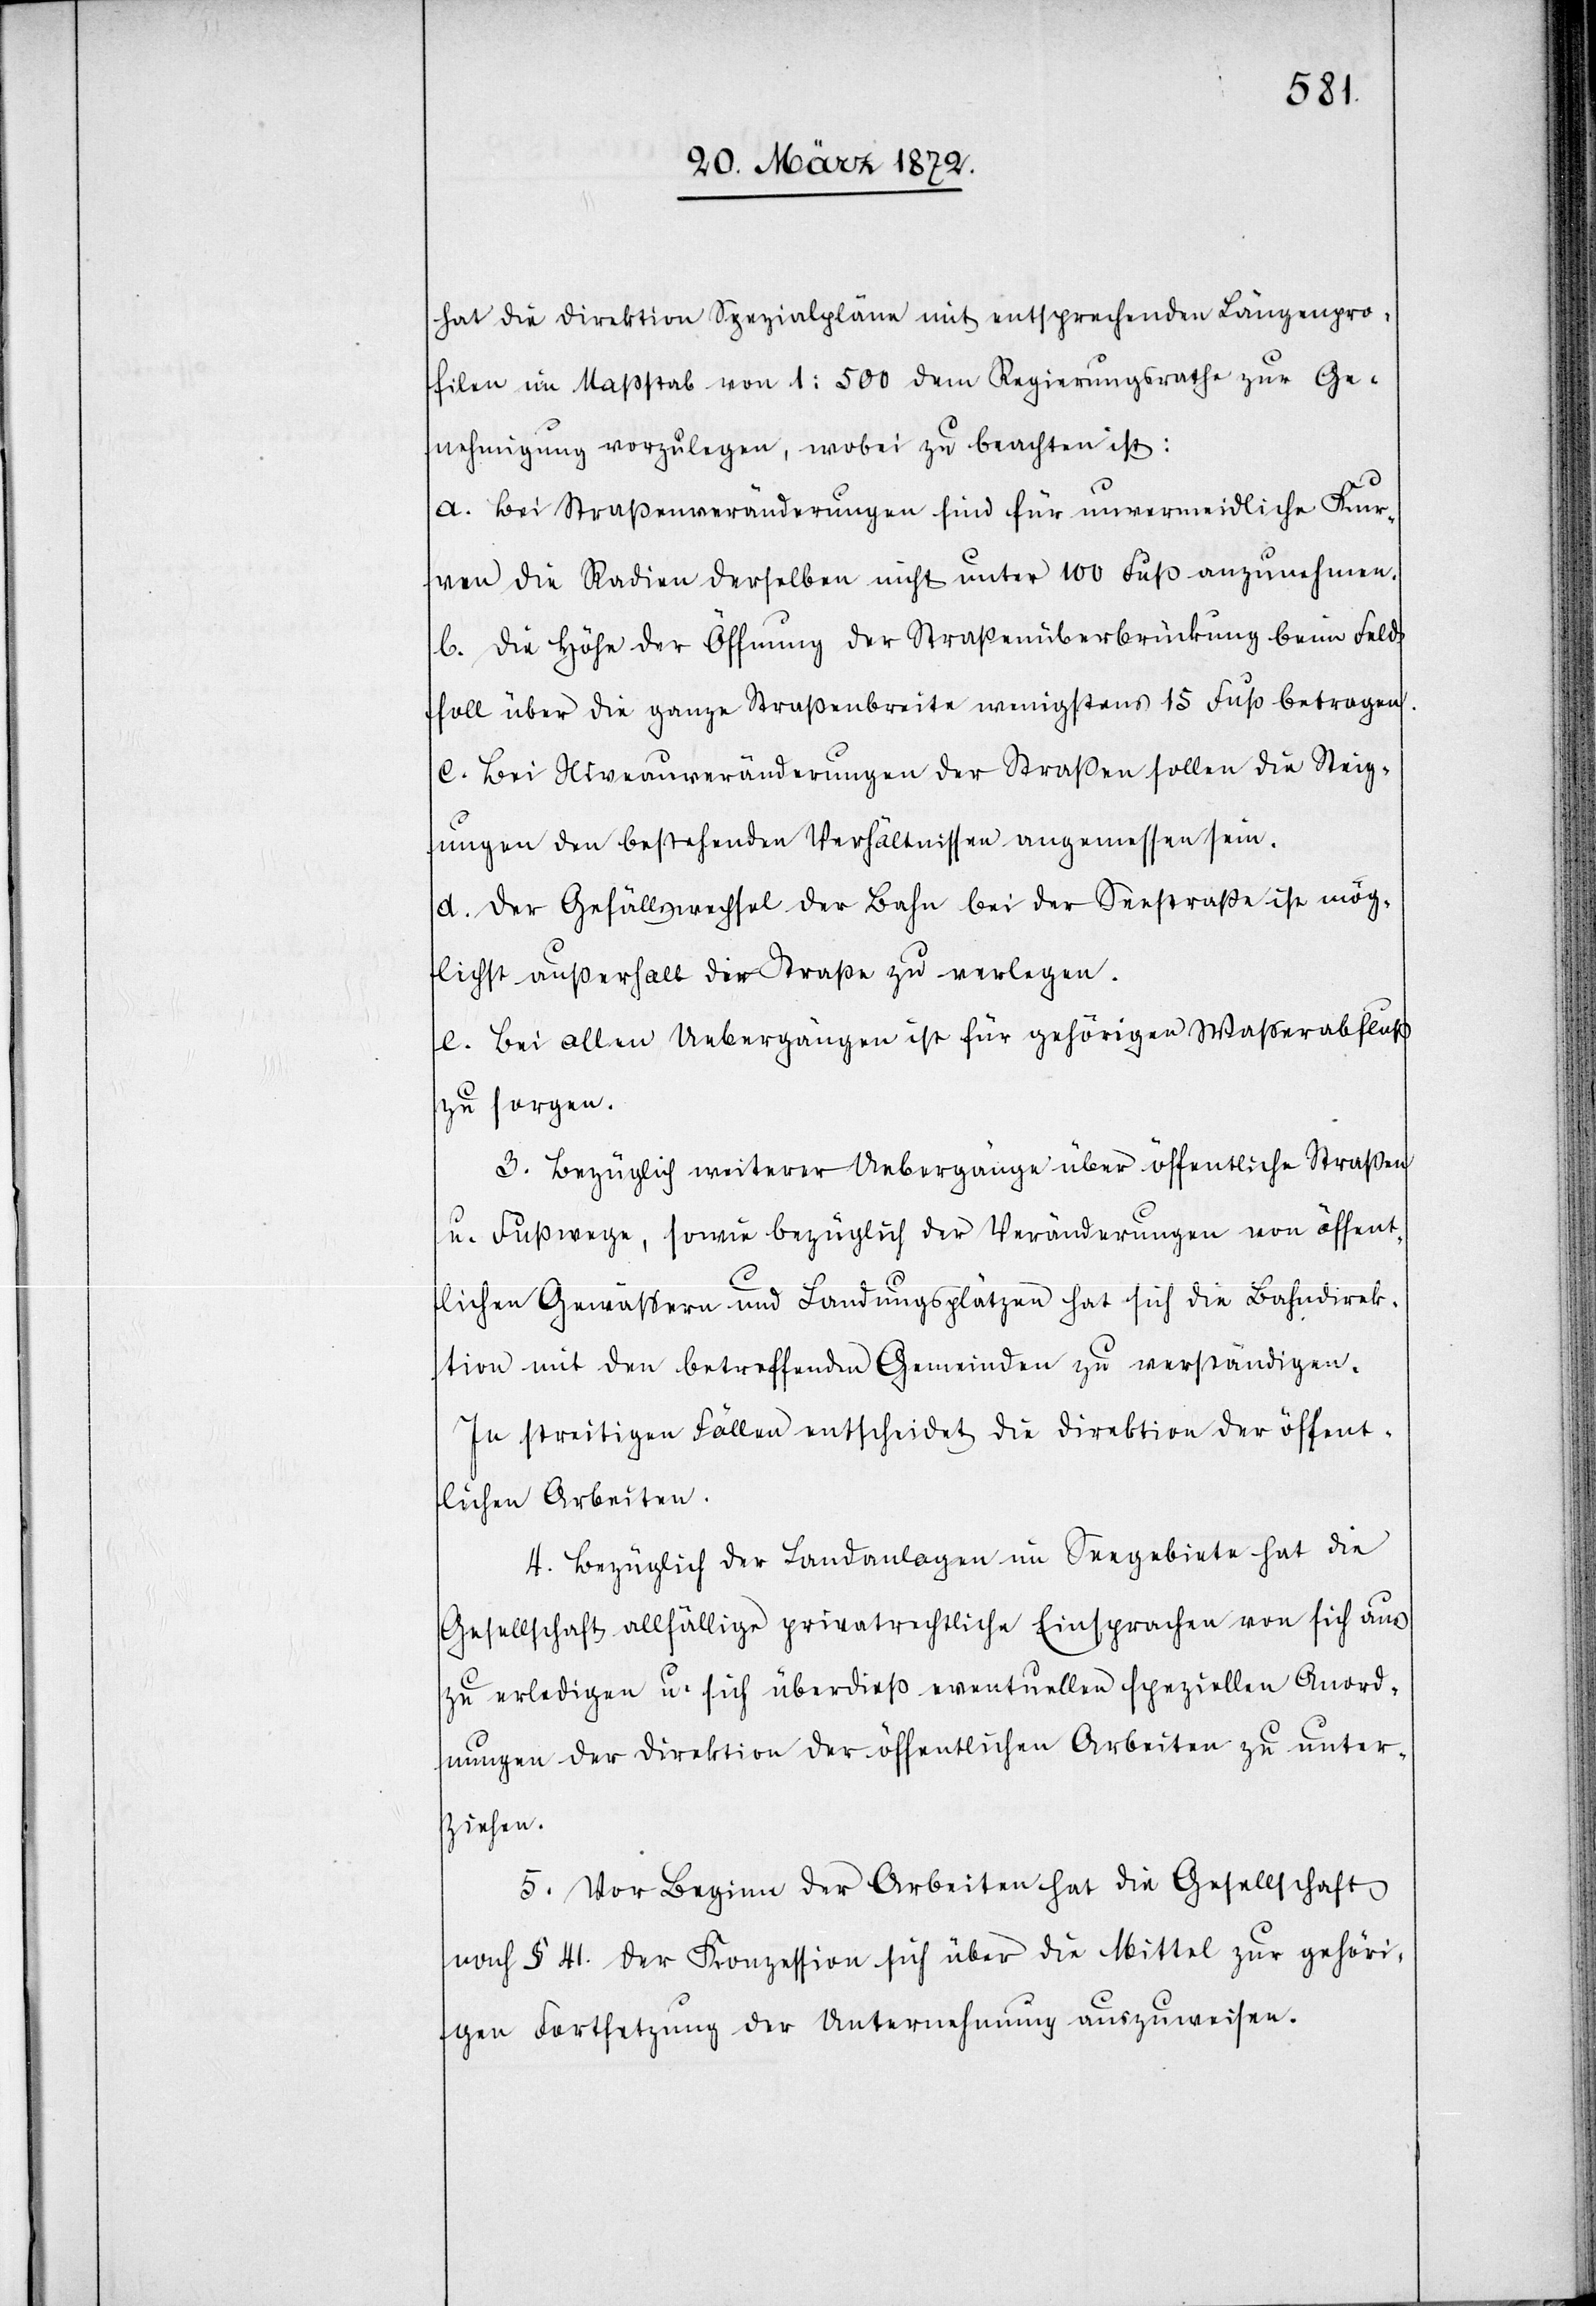
hat die Direktion Spezialpläne mit entsprechenden Längenpro¬
filen im Maßstab von 1:500 dem Regierungsrathe zur Ge¬
nehmigung vorzulegen, wobei zu beachten ist:
a. Bei der Straßenveränderungen sind für unvermeidliche Kur¬
ven die Radien derselben nicht unter 100 Fuß anzunehmen.
b. Die Höhe der Öffnung der Straßenüberbrückung beim Feld
soll über die ganze Straßenbreite wenigstens 15 Fuß betragen.
c. Bei Niveauveränderungen der Straßen sollen die Steig¬
ungen den bestehenden Verhältnissen angemessen sein.
d. Der Gefällswechsel der Bahn bei der Seestraße ist mög¬
lichst außerhalb der Straße zu verlegen.
e. Bei allen Uebergängen ist für gehörigen Wasserabfluß
zu sorgen.
3. Bezüglich weiterer Uebergänge über öffentliche Straßen
u. Fußwege, sowie bezüglich der Veränderungen von öffent¬
lichen Gewässern und Landungsplätzen hat sich die Bahndirek¬
tion mit den betreffenden Gemeinden zu verständigen.
In streitigen Fällen entscheidet die Direktion der öffent¬
lichen Arbeiten.
4. Bezüglich der Landanlagen im Seegebiete hat die
Gesellschaft allfällige privatrechtliche Einsprachen von sich aus
zu erledigen u. sich überdieß eventuellen speziellen Anord¬
nungen der Direktion der öffentlichen Arbeiten zu unter¬
ziehen.
5. Vor Beginn der Arbeiten hat die Gesellschaft
nach § 41. der Konzession sich über die Mittel zur gehöri¬
gen Fortsetzung der Unternehmung auszuweisen.